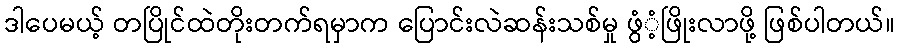
ဒါပေမယ့် တပြိုင်ထဲတိုးတက်ရမှာက ပြောင်းလဲဆန်းသစ်မှု ဖွံံ့ဖြိုးလာဖို့ ဖြစ်ပါတယ်။